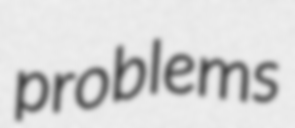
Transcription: problems